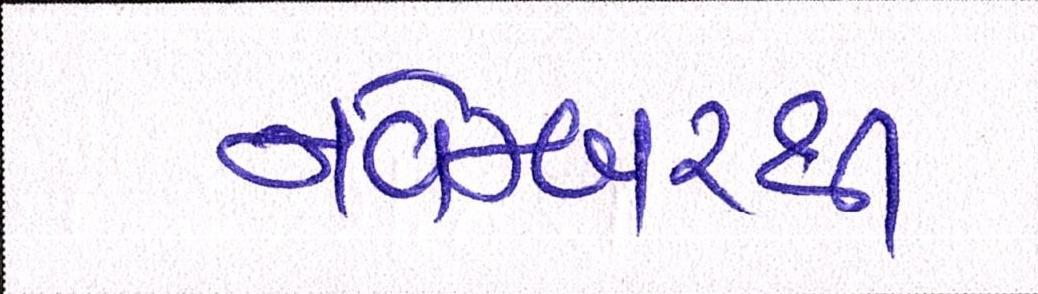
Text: નવેમ્બરથી